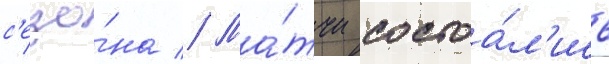
с'езо́на // Ма́тчи состоа́л'ись